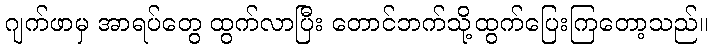
ဂျက်ဖာမှ အာရပ်တွေ ထွက်လာပြီး တောင်ဘက်သို့ထွက်ပြေးကြတော့သည်။